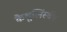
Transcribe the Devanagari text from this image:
कैशुलिंस्की